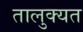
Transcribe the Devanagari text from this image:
तालुक्यत